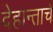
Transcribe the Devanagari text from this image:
देहान्ताचे